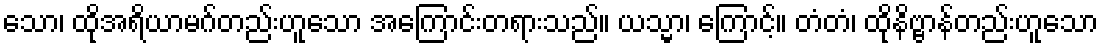
သော၊ ထိုအရိယာမဂ်တည်းဟူသော အကြောင်းတရားသည်။ ယသ္မာ၊ ကြောင့်။ တံတံ၊ ထိုနိဗ္ဗာန်တည်းဟူသော